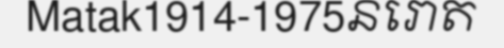
Matak1914-1975នរោត